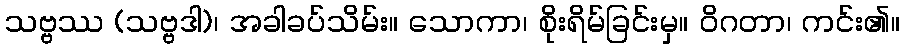
သဗ္ဗဿ (သဗ္ဗဒါ)၊ အခါခပ်သိမ်း။ သောကာ၊ စိုးရိမ်ခြင်းမှ။ ဝိဂတာ၊ ကင်း၏။